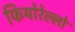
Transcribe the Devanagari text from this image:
फियोरेल्‍लो